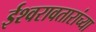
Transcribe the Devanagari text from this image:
ईश्वरावतारांच्या